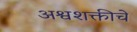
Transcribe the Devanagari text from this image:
अश्वशक्तीचे